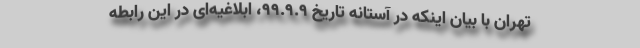
تهران با بیان اینکه در آستانه تاریخ 99.9.9، ابلاغیه‌ای در این رابطه